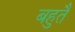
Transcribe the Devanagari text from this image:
बहुतै